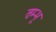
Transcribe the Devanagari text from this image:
तम्भू